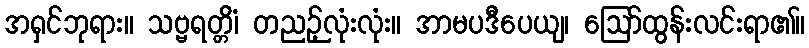
အရှင်ဘုရား။ သဗ္ဗရတ္တိံ၊ တညဉ့်လုံးလုံး။ အာမပဒီပေယျ၊ ဩော်ထွန်းလင်းရာ၏။